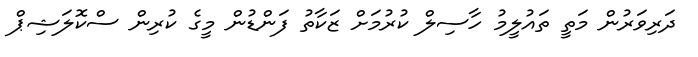
ދަރިވަރުން މަތީ ތައުލީމު ހާސިލް ކުރުމަށް ޒަކާތު ފަންޑުން މީގެ ކުރިން ސްކޮލަޝިޕް